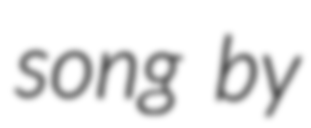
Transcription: song by